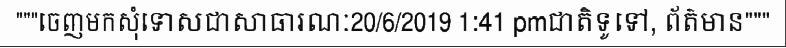
"""ចេញមកសុំទោសជាសាធារណៈ20/6/2019 1:41 pmជាតិទូទៅ, ព័ត៌មាន"""